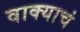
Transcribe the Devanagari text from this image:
वाक्याचं